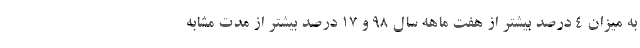
به میزان 4 درصد بیشتر از هفت ماهه سال 98 و 17 درصد بیشتر از مدت مشابه